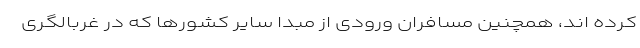
کرده اند، همچنین مسافران ورودی از مبدا سایر کشورها که در غربالگری